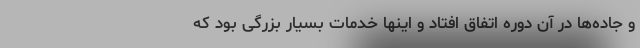
و جاده‌ها در آن دوره اتفاق افتاد و اینها خدمات بسیار بزرگی بود که